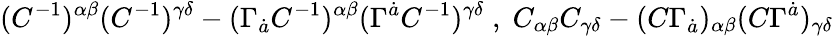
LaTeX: (C^{-1})^{\alpha\beta}(C^{-1})^{\gamma\delta}-(\Gamma_{\dot{a}}C^{-1})^{\alpha\beta}(\Gamma^{\dot{a}}C^{-1})^{\gamma\delta}\; ,\; C_{\alpha\beta}C_{\gamma\delta}-(C\Gamma_{\dot{a}})_{\alpha\beta}(C\Gamma^{\dot{a}})_{\gamma\delta}